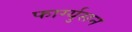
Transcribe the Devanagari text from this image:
फार्ग्युसन